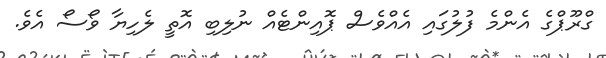
ގްރޫޕްގެ އެންމެ ފުލުގައި އެއްވެސް ޕޮއިންޓެއް ނުލިބި އޮތީ ލެހިޔާ ވޯސޯ އެވެ.